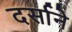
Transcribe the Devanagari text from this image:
दर्साने